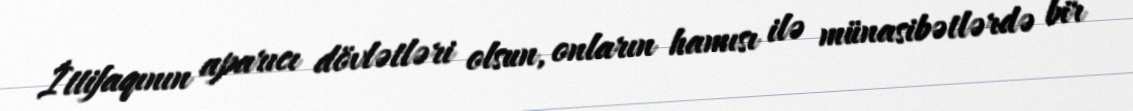
İttifaqının aparıcı dövlətləri olsun, onların hamısı ilə münasibətlərdə bir